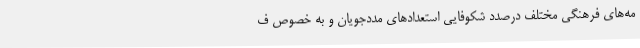
مه‌های فرهنگی مختلف درصدد شکوفایی استعدادهای مددجویان و به خصوص ف